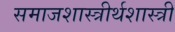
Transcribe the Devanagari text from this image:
समाजशास्त्रीर्थशास्त्री